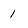
Character: 1